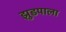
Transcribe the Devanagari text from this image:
झुडपाला